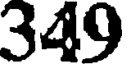
349